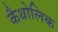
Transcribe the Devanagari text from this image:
कैथोलिक